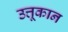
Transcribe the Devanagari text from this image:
उत्तूकान